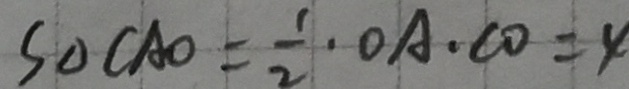
S _ { \Delta C A O } = \frac { 1 } { 2 } \cdot O A \cdot C O = 4